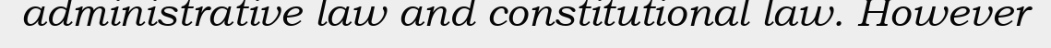
administrative law and constitutional law. However